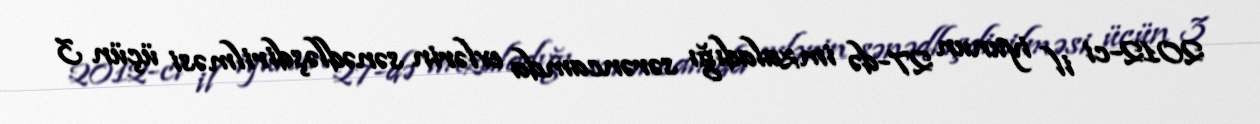
2012-ci il iyunun 27-də imzaladığı sərəncamda evlərin sənədləşdirilməsi üçün 3